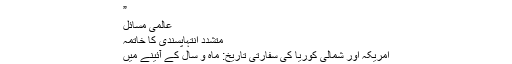
”
عالمی مسائل
متشدد انتہاپسندی کا خاتمہ
امریکہ اور شمالی کوریا کی سفارتی تاریخ: ماہ و سال کے آئینے میں